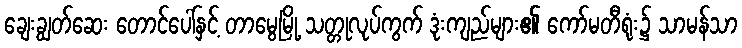
ချေးချွတ်ဆေး တောင်ပေါ်နှင့် တာမွေမြို့ သတ္တုလုပ်ကွက် ဒုံးကျည်များ၏ ကော်မတီရုံး၌ သာမန်သာ